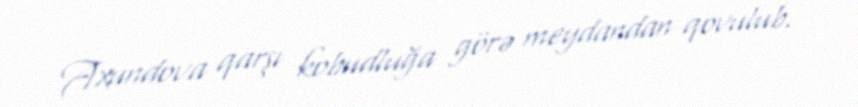
Axundova qarşı kobudluğa görə meydandan qovulub.